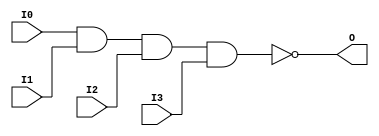
// $Header: /devl/xcs/repo/env/Databases/CAEInterfaces/xec_libs/data/unisims/NAND4.v,v 1.1 2005/05/10 01:20:06 wloo Exp $

/*

FUNCTION	: 4-INPUT NAND GATE

*/

`celldefine
`timescale  100 ps / 10 ps

module NAND4 (O, I0, I1, I2, I3);

    output O;

    input  I0, I1, I2, I3;

    nand A1 (O, I0, I1, I2, I3);

endmodule